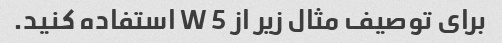
برای توصیف مثال زیر از 5 W استفاده کنید.